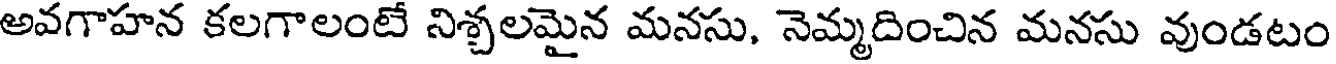
అవగాహన కలగాలంటే నిశ్చలమైన మనసు, నెమ్మదించిన మనసు వుండటం